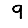
Digit: 9